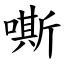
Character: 嘶